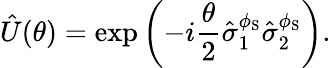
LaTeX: \hat{U}(\theta)=\exp\left(-i\frac{\theta}{2}\hat{\sigma}_{1}^{\phi_{\mathrm{S}}}\hat{\sigma}_{2}^{\phi_{\mathrm{S}}}\right).